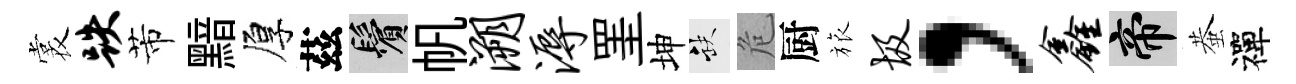
裳跌芾黯厚茲鬢帆溯溽罣坤缺危厨旅圾，鑫帝蛬禪